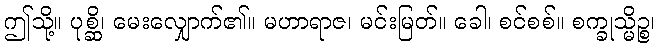
ဤသို့။ ပုစ္ဆိ၊ မေးလျှောက်၏။ မဟာရာဇ၊ မင်းမြတ်။ ခေါ၊ စင်စစ်။ စက္ခုသ္မိဉ္စ၊